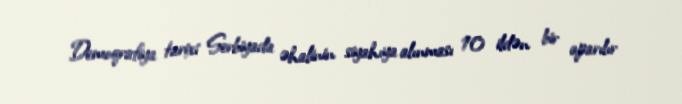
Demoqrafiya tarixi Serbiyada əhalinin siyahıya alınması 10 ildən bir aparılır